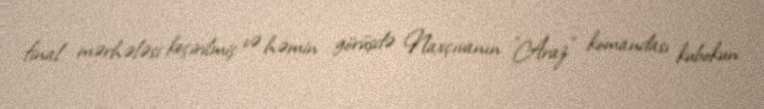
final mərhələsi keçirilmiş və həmin görüşdə Naxçıvanın "Araz" komandası kubokun